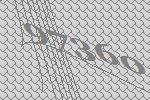
97360